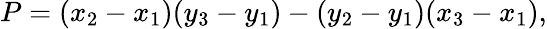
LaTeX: P=(x_{2}-x_{1})(y_{3}-y_{1})-(y_{2}-y_{1})(x_{3}-x_{1}),